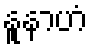
နူနာဟံ